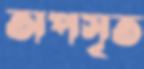
অপসৃত